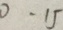
0 \cdot 1 5